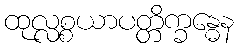
ထုလ္လစ္စယာပတ္တိက္ခန္ဓေန